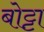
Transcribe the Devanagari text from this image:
बोट्टा